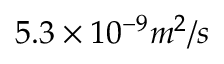
5 . 3 \times 1 0 ^ { - 9 } m ^ { 2 } / s